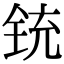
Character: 铳